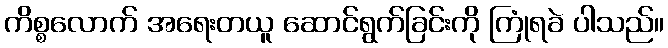
ကိစ္စလောက် အရေးတယူ ဆောင်ရွက်ခြင်းကို ကြုံရခဲ ပါသည်။